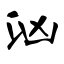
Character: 汹